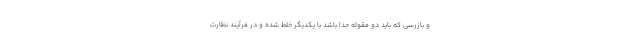
و بازرسی که باید دو مقوله جدا باشد با یکدیگر خلط شده و در فرآیند نظارت